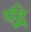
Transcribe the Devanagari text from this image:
एंद्रे